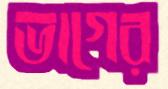
ভাগের